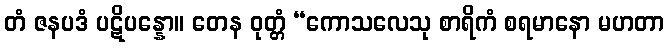
တံ ဇနပဒံ ပဋိပန္နော။ တေန ဝုတ္တံ “ကောသလေသု စာရိကံ စရမာနော မဟတာ